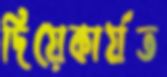
দিয়েকার্যত